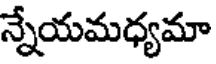
న్నేయమధ్యమా